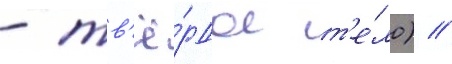
- тв'ё́рдое т'е́ло) //